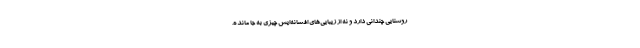
روشنایی چندانی دارد و نه از زیبایی‌های افسانه‌ایش چیزی به جا مانده.